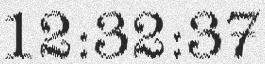
12:32:37